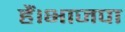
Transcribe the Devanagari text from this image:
हैं।भाजपा